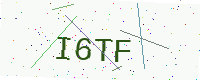
Text: I6TF